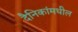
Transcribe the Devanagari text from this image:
दैनिकांमधील